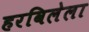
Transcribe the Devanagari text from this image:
हरविलेला